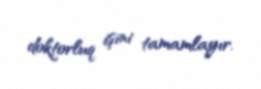
doktorluq işini tamamlayır.